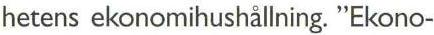
hetens ekonomihushållning. "Ekono-